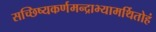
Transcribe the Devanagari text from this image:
सच्छिष्यकर्णमन्द्राभ्यामर्थितोहं